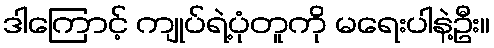
ဒါကြောင့် ကျုပ်ရဲ့ပုံတူကို မရေးပါနဲ့ဦး။